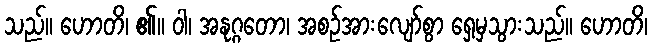
သည်။ ဟောတိ၊ ၏။ ဝါ၊ အနုဂ္ဂတော၊ အစဉ်အားလျော်စွာ ရှေ့မှသွားသည်။ ဟောတိ၊